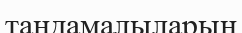
таңдамалыларын